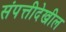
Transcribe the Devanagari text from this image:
संपत्तीदेखील